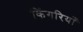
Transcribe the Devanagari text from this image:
किंगरियाँ